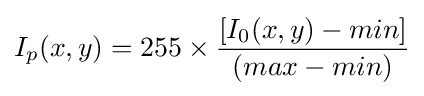
I_{p}(x,y)=255\times {\frac {[I_{0}(x,y)-min]}{(max-min)}}